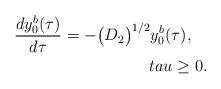
LaTeX: \begin{align*} \frac{dy_{0}^{b}(\tau)}{d\tau}=-\big(D_{2}\big)^{1/2}y_{0}^{b}(\tau),\ \ \ \\tau\ge 0.\end{align*}